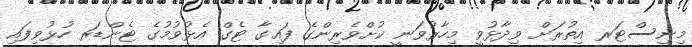
މިނިސްޓަރ އިތުރަށް ވިދާޅުވީ މިހާރުވަނީ ކުށްވެރިންގެ ފައިގާ ޓެގް އެޅުވުމުގެ ޓެންޑަރ ހުޅުވިފައި